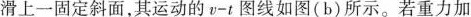
滑上一固定斜面，其运动的v-t图线如图(b)所示。若重力加